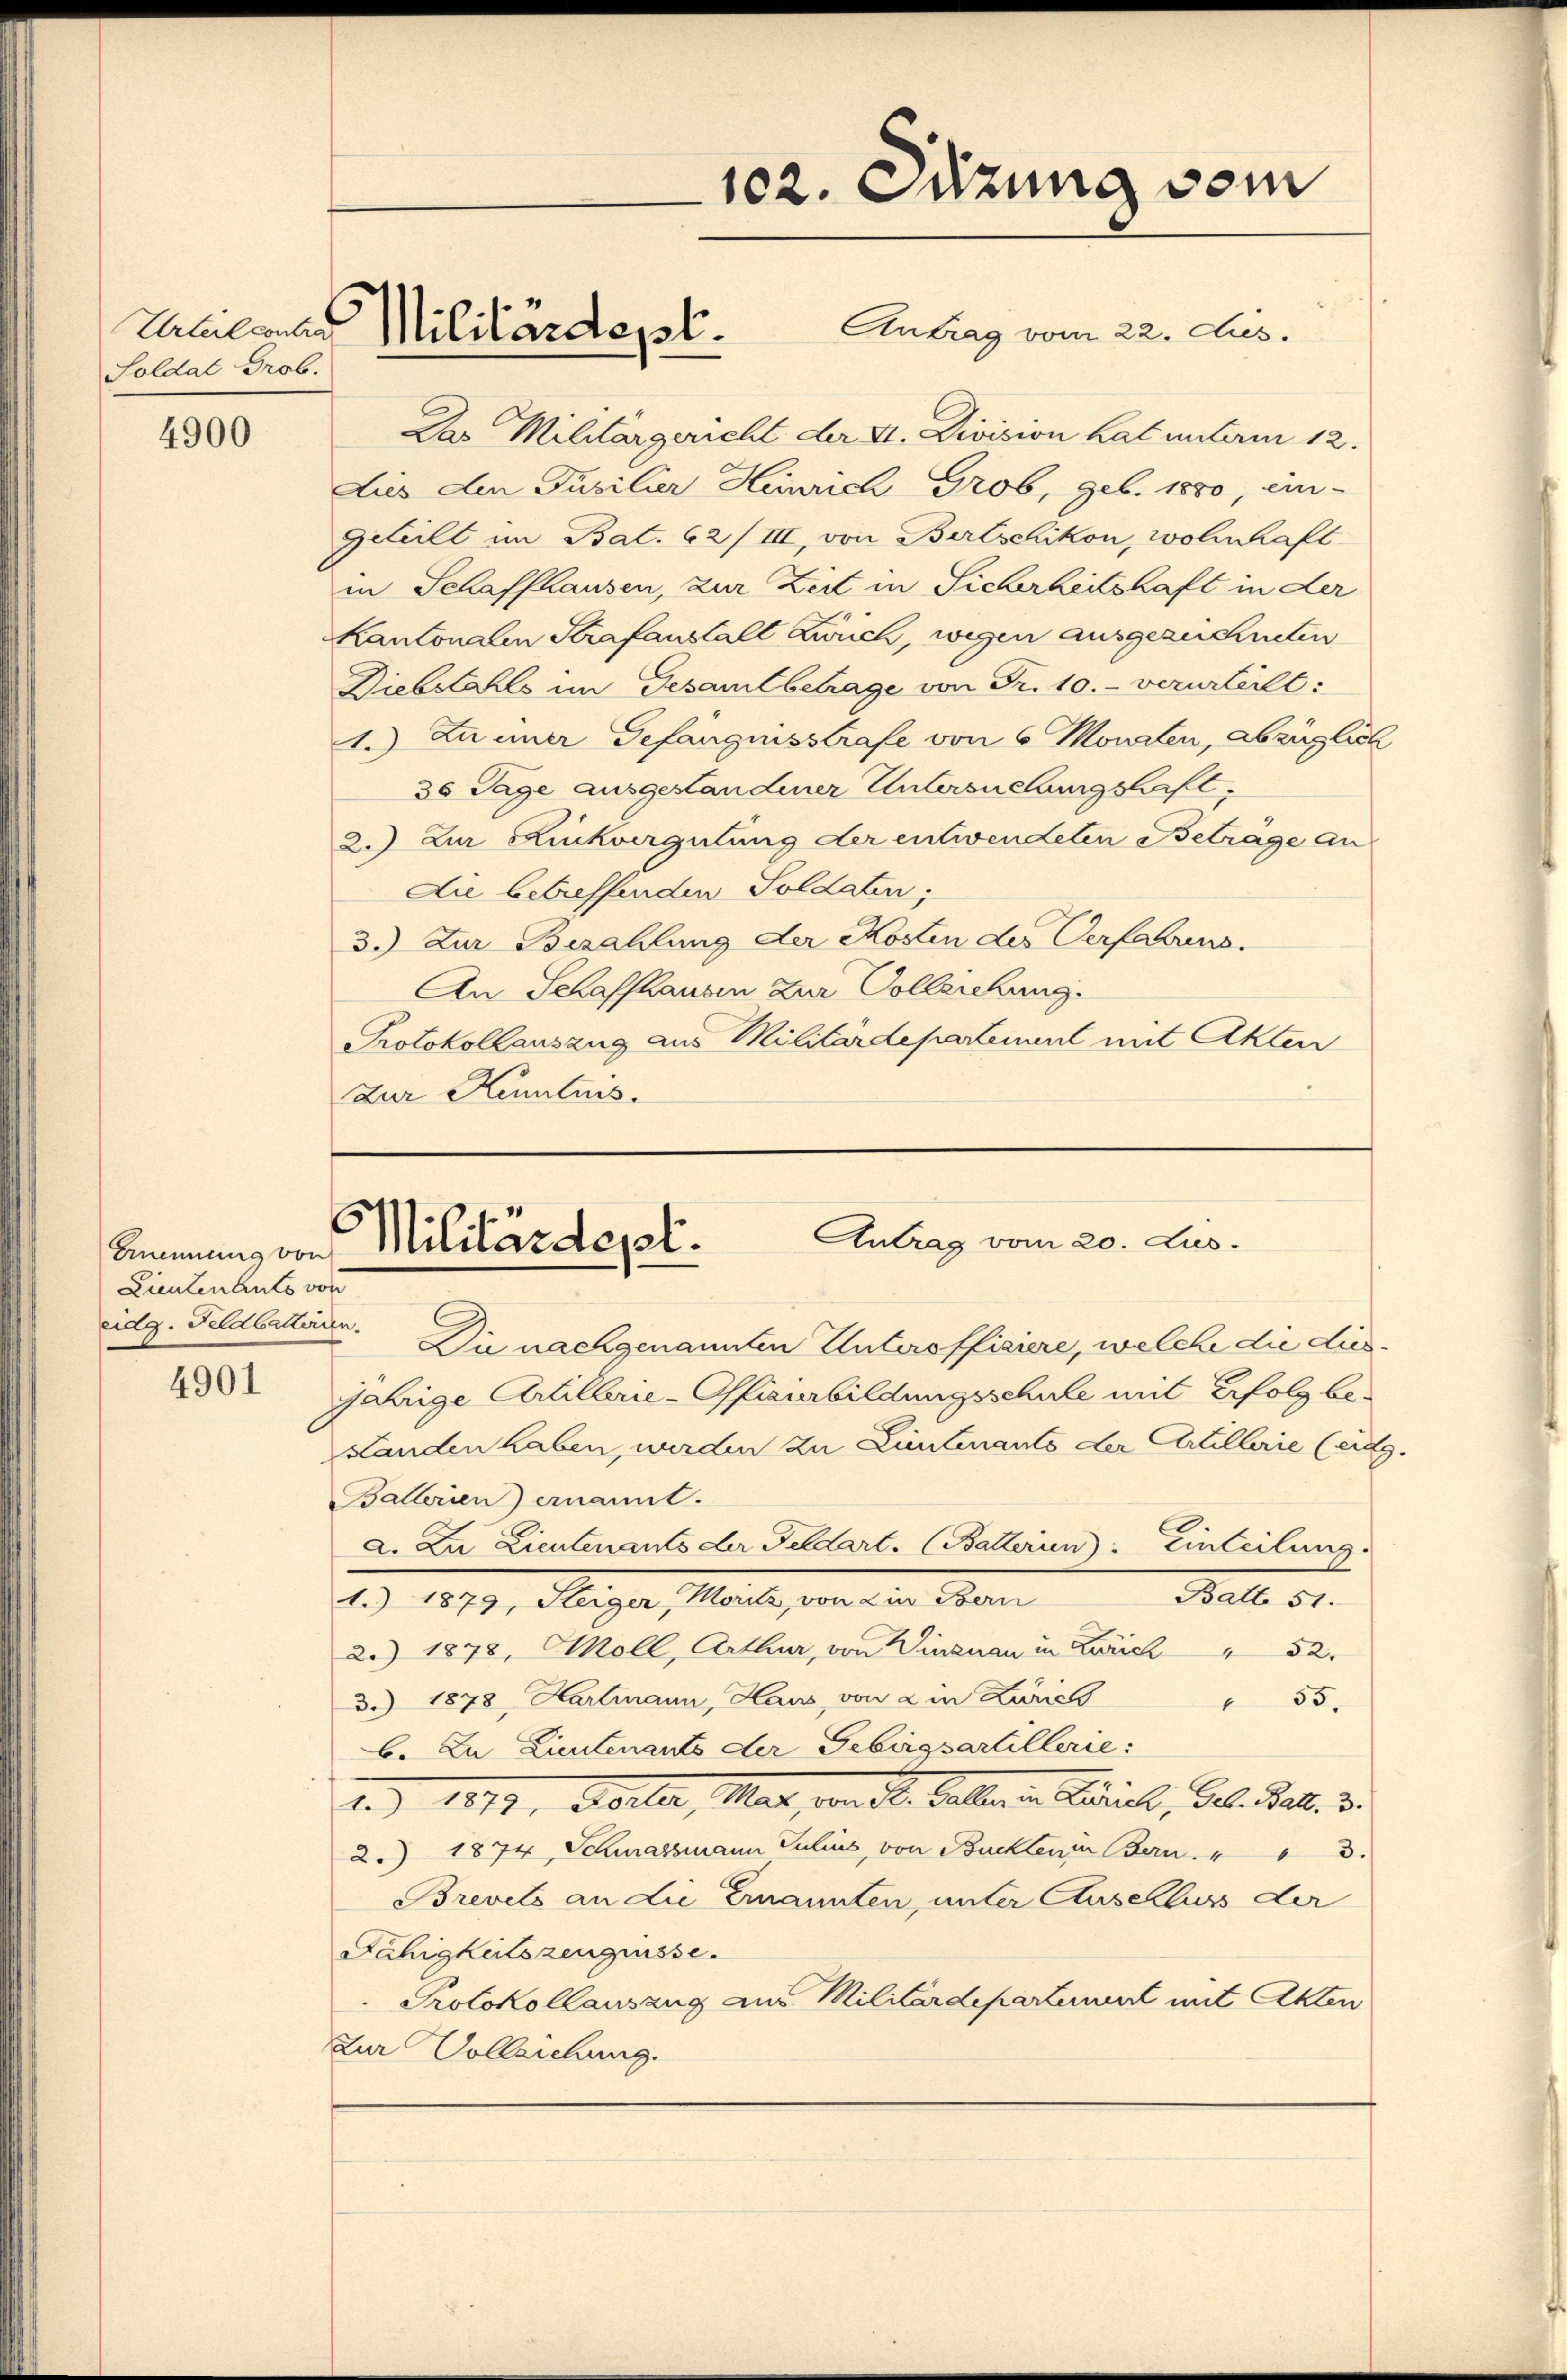
Urteil contra
Soldat Grob.
4900

Gennung von
Lieutenants von
eidg. Feldbatterien.
4901

Antrag vom 22. dies.
Das Militärgericht der 4. Division hat unterm 12.
Lies den Jubilier Heinrich Grob, geb. 1880, ein-
Geteilt im Bat. 62/III, von Bertschikon, wohnhaft
in Schaffhausen, zur Zeit in Sicherheitshaft in der
Kantonalen Strafanstalt Zwuch, wegen ausgezeichneten
Diebstahls im Gesamtbetrage von Fr. 10.- verurteilt:
1.) Zu einer Gefangnisstrafe von 6 Monaten, abzüglich
30 Tage ausgestandener Untersuchungshaft,
2.) Zur Kinkvergütung der entwendeten Betrage an
Die betreffenden Soldaten;
3.) Zur Bezahlung der Kosten des Verfahrens.
An Schaffhausen zur Vollziehung.
Protokollauszug aus Militärdepartement mit Akten
Zur Kenntnis.

Militärdepl

Die nachgenannten Unteroffiziere, welche die diesjährige Artilberie-Offizurbildungsschule mit Erfolg be¬
Landen haben, werden zu Lieutenants der Artillerie (eig.
Ballerien) ernannt.
a. Zu Lieutenants der Geldart. (Batterien): Einteilung
Ball 51.
19). 1870, Steiger, Marile, von der Man
2.) 1878, Moll, Arthur, von Winznau in Zürich " 52.
3.) 1878, Hartmann, Haus, von 2 in Zürch
35.
b. In Lieutenants der Gebirgsartillerie:
1.) 1819, Seiter, Mart, in St. Gallern Laiel, Al. Sal. v.
2. 1874, Schatzmann Julius, von Buckten Bern.  "
Brevets an die Ernannten, unter Auschluss der
Fähigkeitszeugnisse.
Protokollauszug aus Militärdepartenwart mit Akten
Zur Vollziehung.

102. Suzung vom

C
Antrag vom 20. Jus
Militärdept.